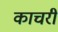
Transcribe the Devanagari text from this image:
काचरी